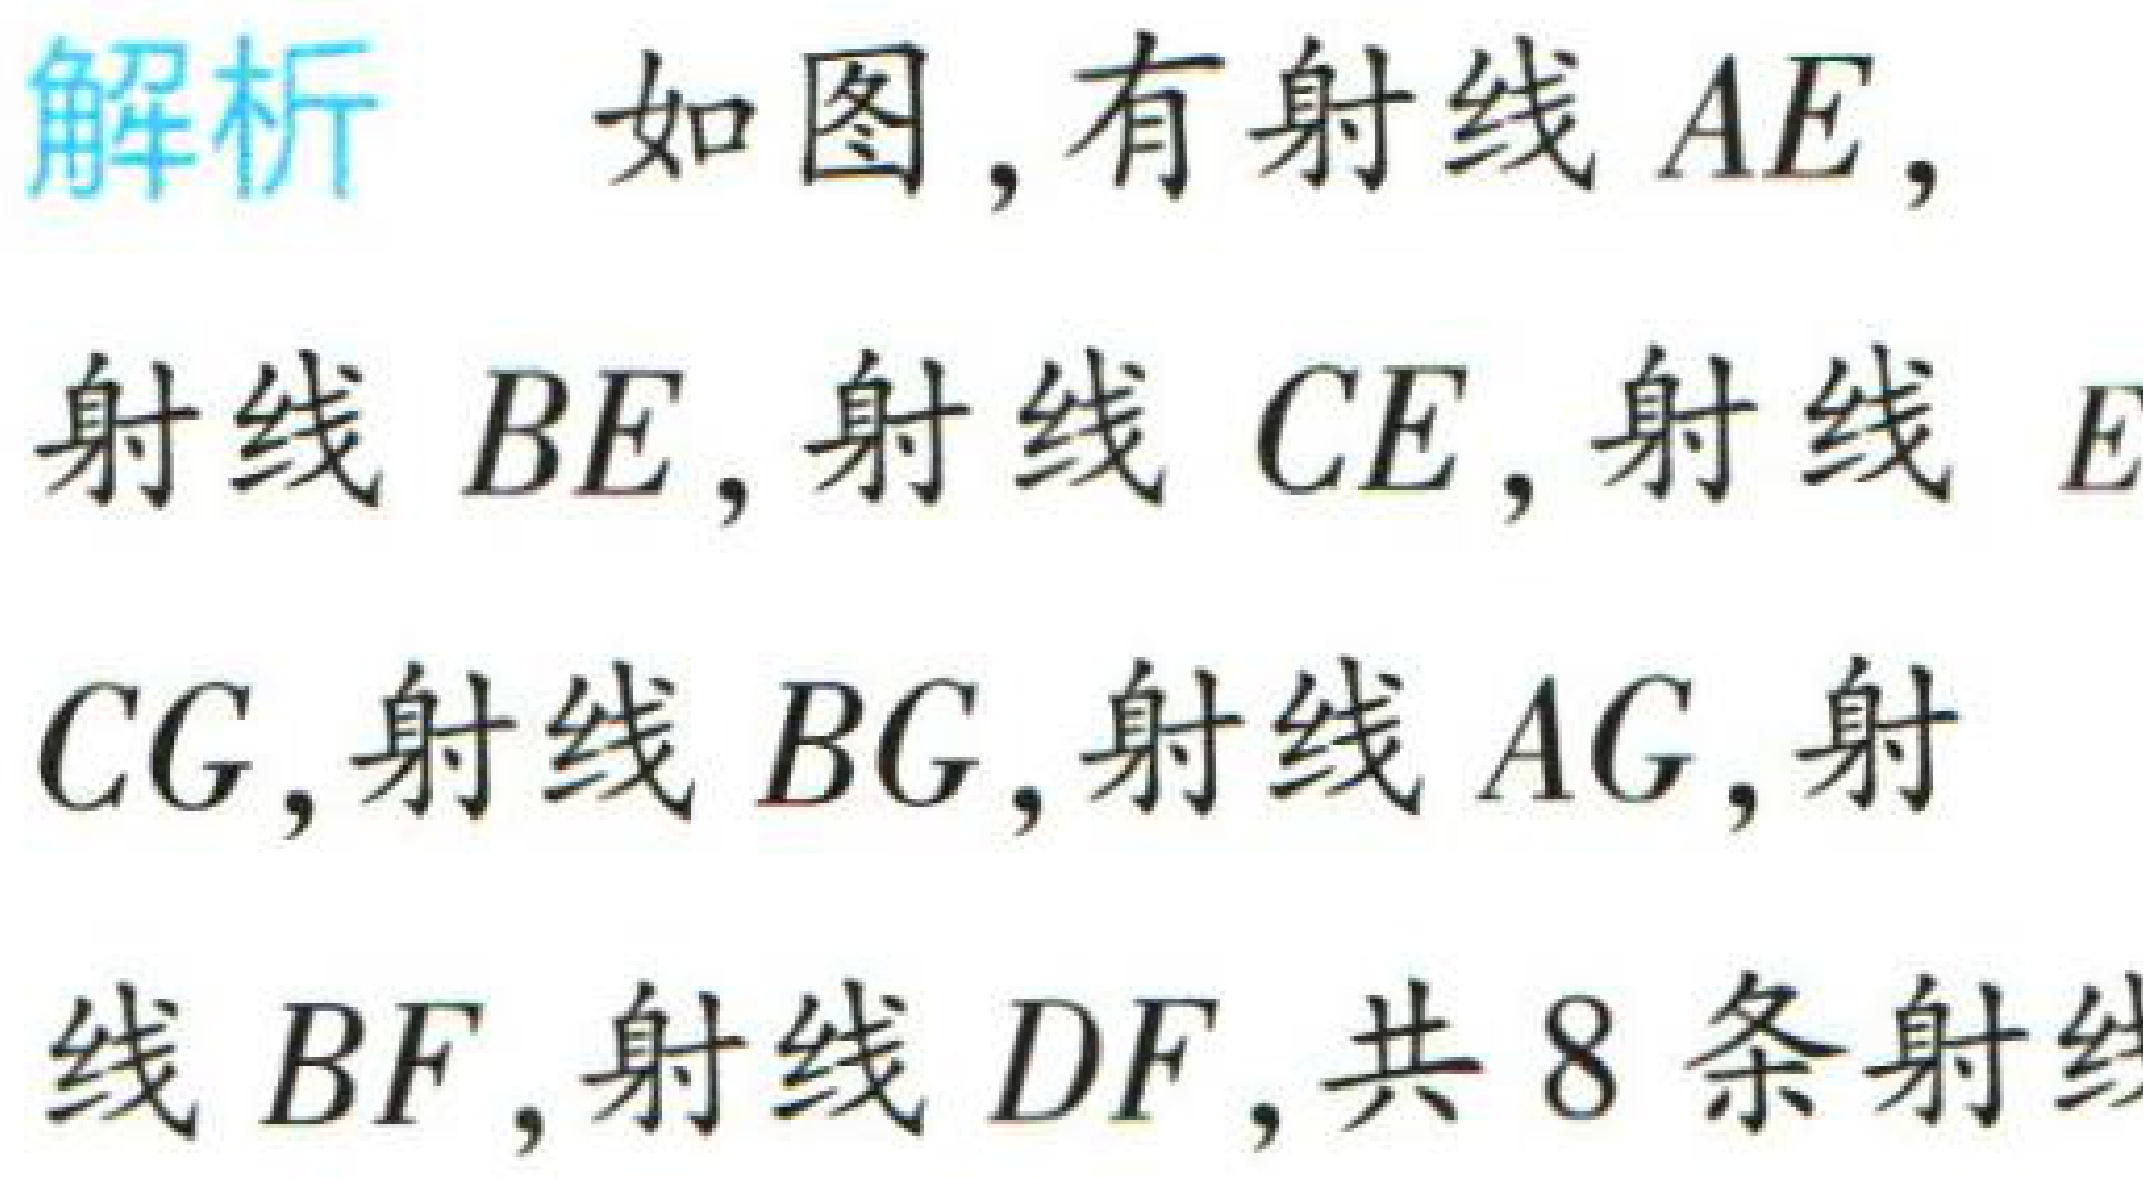
解析 如图，有射线 \(AE\)，

射线 \(BE\)，射线 \(CE\)，射线 \(E\)

\(CG\)，射线 \(BG\)，射线 \(AG\)，射

线 \(BF\)，射线 \(DF\)，共 \(8\) 条射线